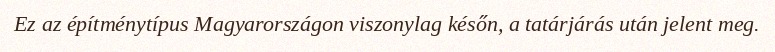
Ez az építménytípus Magyarországon viszonylag későn, a tatárjárás után jelent meg.